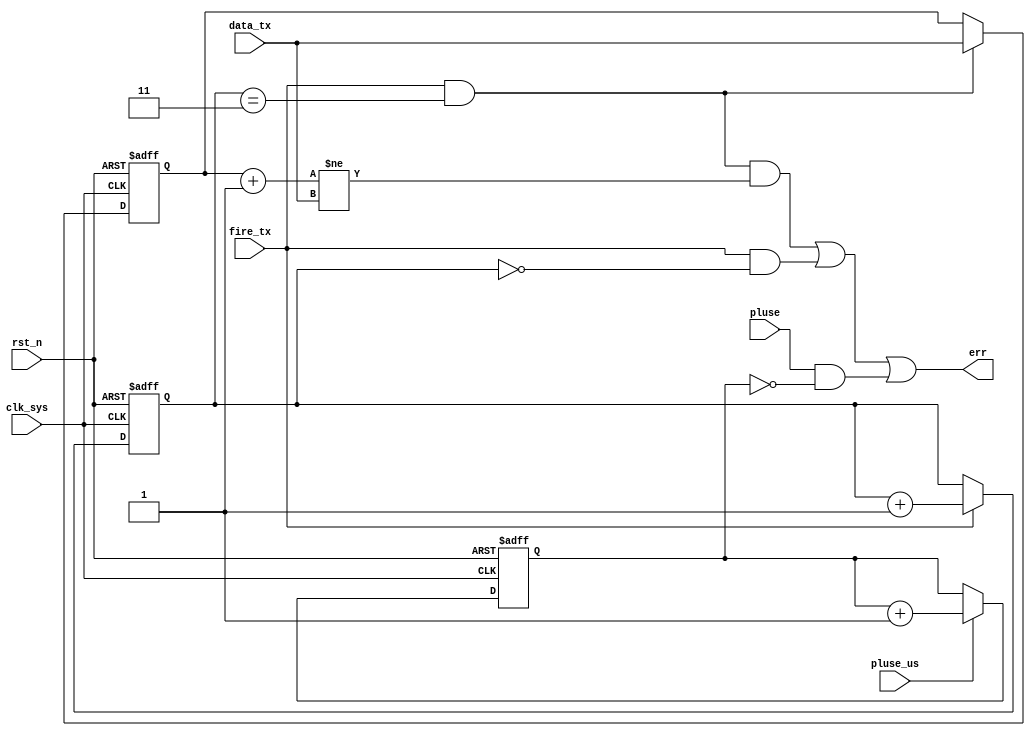
//monitor.v

module syn_m_monitor(
//control 
fire_tx,
data_tx,
pluse,
//clk rst
err,
pluse_us,
clk_sys,
rst_n
);
input 			fire_tx;
input [7:0]	data_tx;
//clk rst
input pluse;
output	err;
input pluse_us;
input	clk_sys;
input	rst_n;
//--------------------------------------
//--------------------------------------

//----------- check data_tx -----------
reg [1:0] cnt_tx;
always @(posedge clk_sys or negedge rst_n)	begin
	if(~rst_n)
		cnt_tx <= 2'h0;
	else if(fire_tx)
		cnt_tx <= cnt_tx + 2'h1;
	else ;
end
wire d0_vld = fire_tx & (cnt_tx == 2'h0);
wire d3_vld = fire_tx & (cnt_tx == 2'h3);


reg [7:0]	d3_reg;
always @ (posedge clk_sys or negedge rst_n)	begin
	if(~rst_n)
		d3_reg <= 8'h0;
	else if(d3_vld)
		d3_reg <= data_tx;
	else ;
end

wire err1 = d3_vld & ((d3_reg + 8'h1) != data_tx) | d0_vld;


//----------- check pluse teriod -------------
reg [31:0] cnt_cycle;
always @ (posedge clk_sys or negedge rst_n)	begin
	if(~rst_n)
		cnt_cycle <= 32'h0;
	else if(pluse_us)
		cnt_cycle <= cnt_cycle + 32'h1;
	else ;
end

wire err2 = pluse & (cnt_cycle == 32'h0);



wire err = err1 | err2;

endmodule